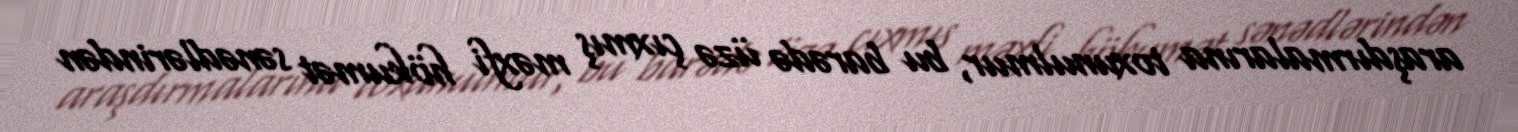
araşdırmalarına toxunulmur, bu barədə üzə çıxmış məxfi hökumət sənədlərindən